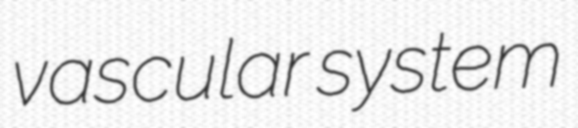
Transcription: vascular system